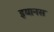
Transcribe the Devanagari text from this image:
इयानस